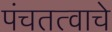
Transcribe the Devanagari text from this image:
पंचतत्वाचे